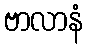
ဗာလာနံ